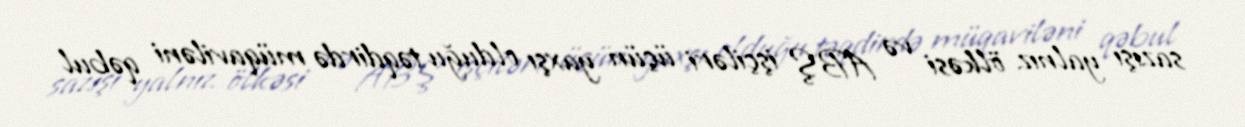
sazışı yalnız ölkəsi və ABŞ işçiləri üçün yaxşı olduğu təqdirdə müqaviləni qəbul